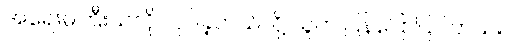
အရေးမကြီးသလို လုပ်ခဲ့တယ်လို့ သူက ပြန်ပြောပြပါတယ်။